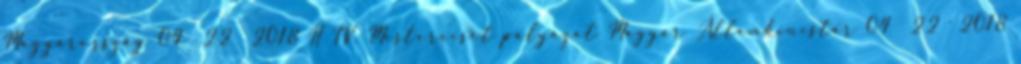
Magyarország 04 22 2018 H IV. Mesterecset pályázat Magyar Államkincstár 04 22 2018